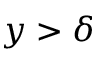
y > \delta